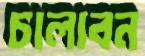
চালাবন